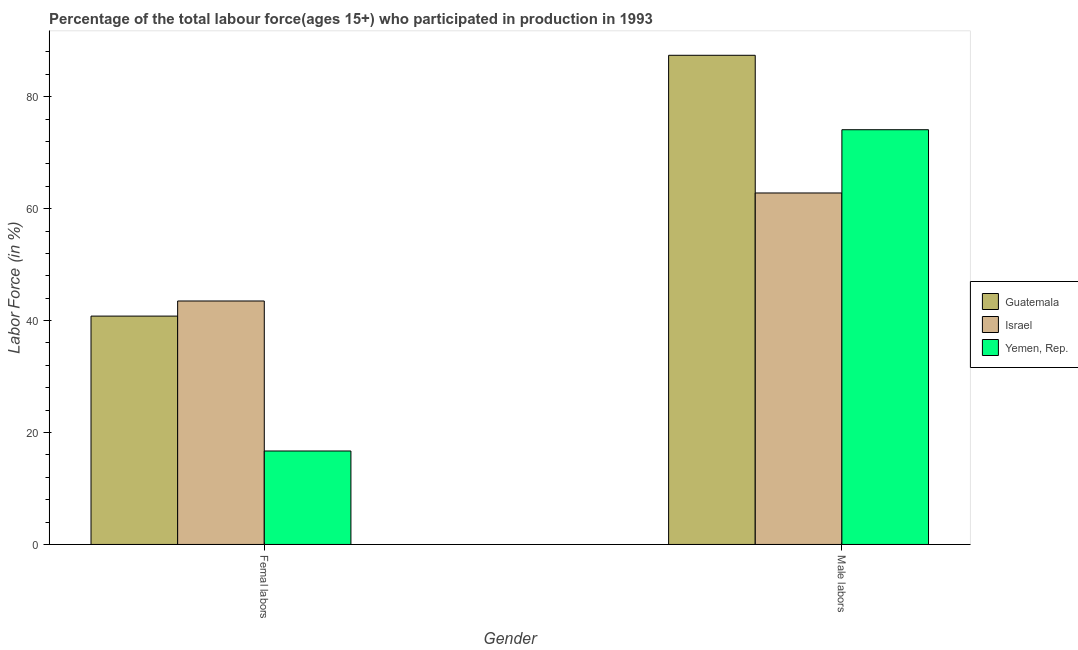
| Gender | Guatemala | Israel | Yemen, Rep. |
 | --- | --- | --- | --- |
 | Femal labors | 40.8 | 43.5 | 16.7 |
 | Male labors | 87.4 | 62.8 | 74.1 |